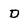
Character: D